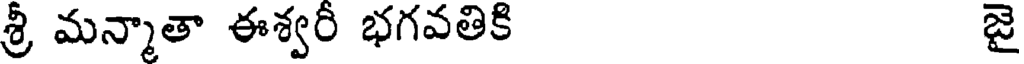
శ్రీ మన్మాతా ఈశ్వరీ భగవతికి జై